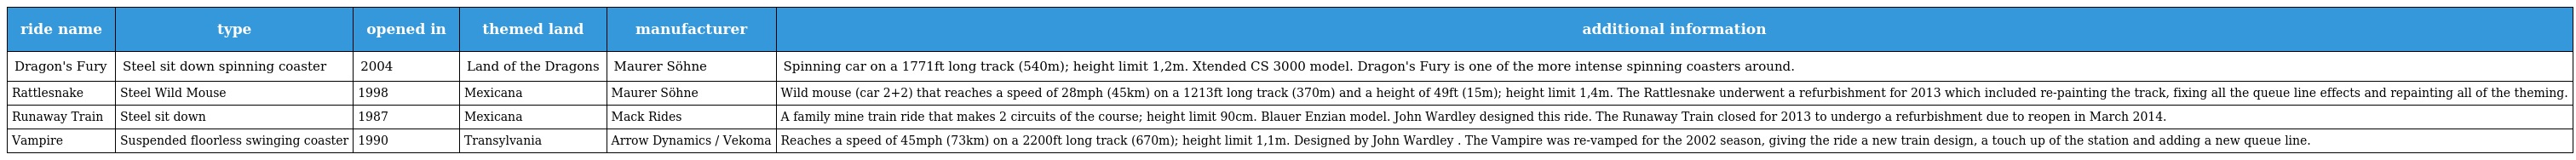
| ride name | type | opened in | themed land | manufacturer | additional information |
 | --- | --- | --- | --- | --- | --- |
 | Dragon's Fury | Steel sit down spinning coaster | 2004 | Land of the Dragons | Maurer Söhne | Spinning car on a 1771ft long track (540m); height limit 1,2m. Xtended CS 3000 model. Dragon's Fury is one of the more intense spinning coasters around. |
 | Rattlesnake | Steel Wild Mouse | 1998 | Mexicana | Maurer Söhne | Wild mouse (car 2+2) that reaches a speed of 28mph (45km) on a 1213ft long track (370m) and a height of 49ft (15m); height limit 1,4m. The Rattlesnake underwent a refurbishment for 2013 which included re-painting the track, fixing all the queue line effects and repainting all of the theming. |
 | Runaway Train | Steel sit down | 1987 | Mexicana | Mack Rides | A family mine train ride that makes 2 circuits of the course; height limit 90cm. Blauer Enzian model. John Wardley designed this ride. The Runaway Train closed for 2013 to undergo a refurbishment due to reopen in March 2014. |
 | Vampire | Suspended floorless swinging coaster | 1990 | Transylvania | Arrow Dynamics / Vekoma | Reaches a speed of 45mph (73km) on a 2200ft long track (670m); height limit 1,1m. Designed by John Wardley . The Vampire was re-vamped for the 2002 season, giving the ride a new train design, a touch up of the station and adding a new queue line. |